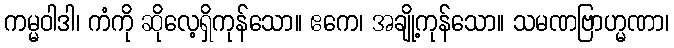
ကမ္မဝါဒါ၊ ကံကို ဆိုလေ့ရှိကုန်သော။ ဧကေ၊ အချို့ကုန်သော။ သမဏဗြာဟ္မဏာ၊